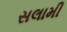
સલામી